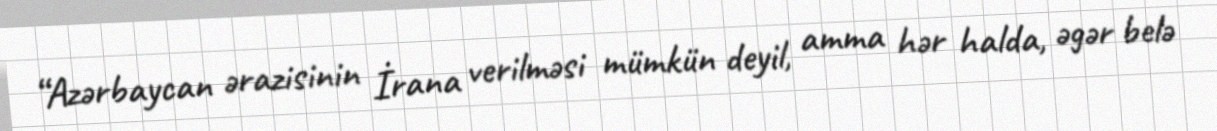
“Azərbaycan ərazisinin İrana verilməsi mümkün deyil, amma hər halda, əgər belə